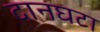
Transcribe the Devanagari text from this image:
दानघटा